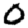
Digit: 0